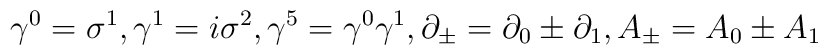
{\gamma}^0={\sigma}^1,{\gamma}^1=i{\sigma}^2,{\gamma}^5={\gamma}^0{\gamma}^1,\partial_{\pm}=\partial_0\pm\partial_1,A_{\pm}=A_0\pm A_1